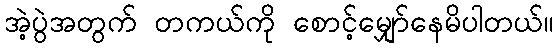
အဲ့ပွဲအတွက် တကယ်ကို စောင့်မျှော်နေမိပါတယ်။